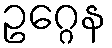
ဥဂ္ဂေန